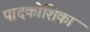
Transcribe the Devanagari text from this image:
पादकोशिका